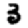
Digit: 3